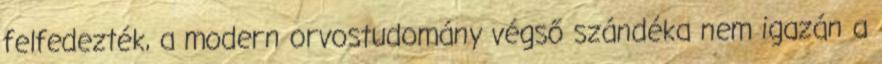
felfedezték, a modern orvostudomány végső szándéka nem igazán a